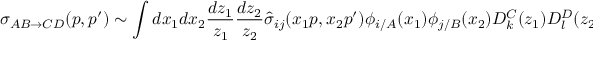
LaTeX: \sigma _ { A B \rightarrow C D } ( p , p ^ { \prime } ) \sim \int d x _ { 1 } d x _ { 2 } \frac { d z _ { 1 } } { z _ { 1 } } \frac { d z _ { 2 } } { z _ { 2 } } \widehat { \sigma } _ { i j } ( x _ { 1 } p , x _ { 2 } p ^ { \prime } ) \phi _ { i / A } ( x _ { 1 } ) \phi _ { j / B } ( x _ { 2 } ) D _ { k } ^ { C } ( z _ { 1 } ) D _ { l } ^ { D } ( z _ { 2 } ) \, \, .